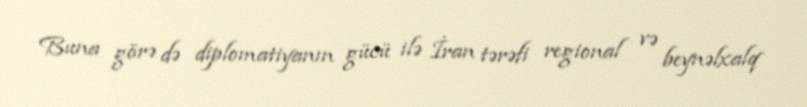
Buna görə də diplomatiyanın gücü ilə İran tərəfi regional və beynəlxalq